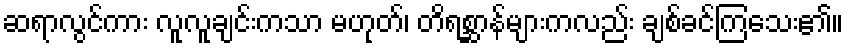
ဆရာလွင်ကား လူလူချင်းကသာ မဟုတ်၊ တိရစ္ဆာန်များကလည်း ချစ်ခင်ကြသေး၏။